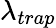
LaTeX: \lambda_{trap}